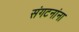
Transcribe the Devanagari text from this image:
संगटनांना